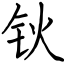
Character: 钬